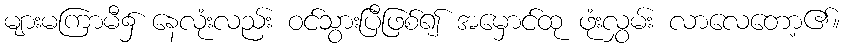
များမကြာမီ၌ နေလုံးလည်း ဝင်သွားပြီဖြစ်၍ အမှောင်ထု ဖုံးလွှမ်း လာလေတော့၏။